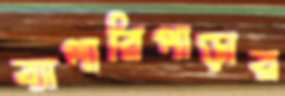
ব্যাপারিপাড়ার